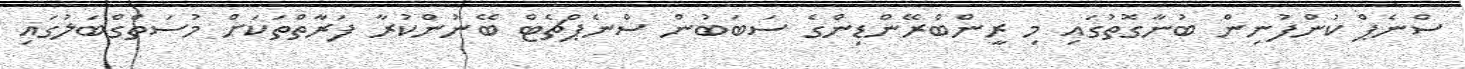
ސްނެޕް ކުންފުނިން ބުނާގޮތުގައި މި ރީންބްރޭންޑިންގެ ސަބަބުން ސްނެޕްޗެޓް ބޭނުންކުރާ ފަރާތްތަކަށް މުސަތްގްބަލުގައި